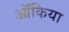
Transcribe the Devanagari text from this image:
ऑंकिया